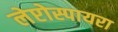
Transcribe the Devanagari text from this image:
लेप्टोस्पायरा